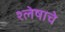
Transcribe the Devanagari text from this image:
श्लेषाचे